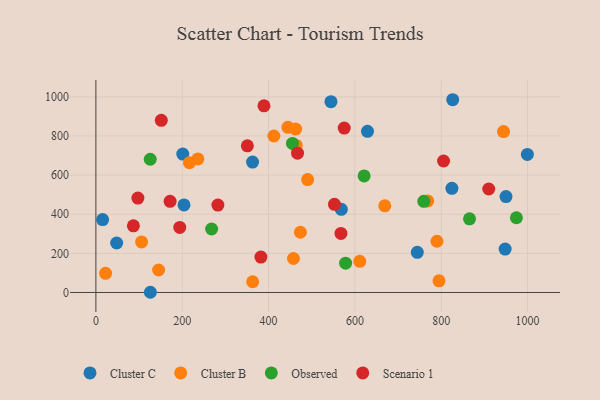
{"axis": {"x": "Engine Size", "y": "Salary"}, "legend": ["Cluster B", "Cluster C", "Observed", "Scenario 1"], "data": [{"x": "744.6", "y": 205.2, "type": "Cluster C"}, {"x": "629.2", "y": 823.9, "type": "Cluster C"}, {"x": "201.3", "y": 707.6, "type": "Cluster C"}, {"x": "568.6", "y": 425.3, "type": "Cluster C"}, {"x": "15.6", "y": 372.5, "type": "Cluster C"}, {"x": "999.6", "y": 705.6, "type": "Cluster C"}, {"x": "950.1", "y": 490.3, "type": "Cluster C"}, {"x": "48.1", "y": 253.0, "type": "Cluster C"}, {"x": "948.1", "y": 221.8, "type": "Cluster C"}, {"x": "204.1", "y": 447.8, "type": "Cluster C"}, {"x": "126.2", "y": 1.0, "type": "Cluster C"}, {"x": "544.6", "y": 975.4, "type": "Cluster C"}, {"x": "826.6", "y": 985.5, "type": "Cluster C"}, {"x": "824.8", "y": 532.3, "type": "Cluster C"}, {"x": "362.9", "y": 666.6, "type": "Cluster C"}, {"x": "363.2", "y": 54.7, "type": "Cluster B"}, {"x": "944.4", "y": 822.9, "type": "Cluster B"}, {"x": "145.3", "y": 115.0, "type": "Cluster B"}, {"x": "462.7", "y": 835.6, "type": "Cluster B"}, {"x": "490.6", "y": 577.0, "type": "Cluster B"}, {"x": "464.1", "y": 751.9, "type": "Cluster B"}, {"x": "22.5", "y": 98.0, "type": "Cluster B"}, {"x": "611.3", "y": 159.3, "type": "Cluster B"}, {"x": "768.7", "y": 468.1, "type": "Cluster B"}, {"x": "105.9", "y": 258.5, "type": "Cluster B"}, {"x": "473.8", "y": 308.0, "type": "Cluster B"}, {"x": "412.3", "y": 800.1, "type": "Cluster B"}, {"x": "669.3", "y": 442.9, "type": "Cluster B"}, {"x": "236.3", "y": 683.0, "type": "Cluster B"}, {"x": "457.7", "y": 173.6, "type": "Cluster B"}, {"x": "216.8", "y": 663.5, "type": "Cluster B"}, {"x": "794.9", "y": 59.7, "type": "Cluster B"}, {"x": "444.8", "y": 844.4, "type": "Cluster B"}, {"x": "790.2", "y": 261.9, "type": "Cluster B"}, {"x": "455.4", "y": 762.0, "type": "Observed"}, {"x": "865.6", "y": 376.8, "type": "Observed"}, {"x": "621.4", "y": 595.8, "type": "Observed"}, {"x": "268.1", "y": 324.6, "type": "Observed"}, {"x": "578.5", "y": 149.6, "type": "Observed"}, {"x": "974.2", "y": 382.1, "type": "Observed"}, {"x": "759.7", "y": 465.8, "type": "Observed"}, {"x": "125.9", "y": 681.1, "type": "Observed"}, {"x": "282.6", "y": 446.6, "type": "Scenario 1"}, {"x": "575.3", "y": 840.7, "type": "Scenario 1"}, {"x": "805.4", "y": 672.2, "type": "Scenario 1"}, {"x": "151.5", "y": 880.4, "type": "Scenario 1"}, {"x": "910.1", "y": 529.1, "type": "Scenario 1"}, {"x": "171.9", "y": 466.1, "type": "Scenario 1"}, {"x": "467.1", "y": 712.0, "type": "Scenario 1"}, {"x": "382.3", "y": 181.0, "type": "Scenario 1"}, {"x": "86.9", "y": 341.0, "type": "Scenario 1"}, {"x": "552.7", "y": 450.5, "type": "Scenario 1"}, {"x": "389.4", "y": 954.5, "type": "Scenario 1"}, {"x": "97.3", "y": 482.5, "type": "Scenario 1"}, {"x": "194.3", "y": 332.8, "type": "Scenario 1"}, {"x": "567.7", "y": 301.9, "type": "Scenario 1"}, {"x": "350.9", "y": 749.9, "type": "Scenario 1"}]}